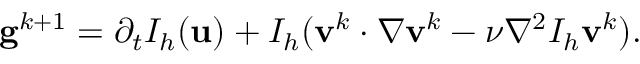
\mathbf { g } ^ { k + 1 } = \partial _ { t } I _ { h } ( \mathbf { u } ) + I _ { h } ( \mathbf { v } ^ { k } \cdot \nabla \mathbf { v } ^ { k } - \nu \nabla ^ { 2 } I _ { h } \mathbf { v } ^ { k } ) .